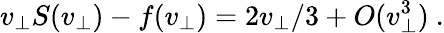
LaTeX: v_{\perp}S(v_{\perp})-f(v_{\perp})=2v_{\perp}/3+O(v_{\perp}^{3})\ .